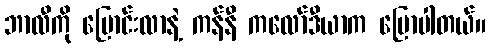
ဘာလီကို ပြောင်းလာနဲ့ ကန်နီ ကလော်ဒီယာက ပြောပါတယ်။